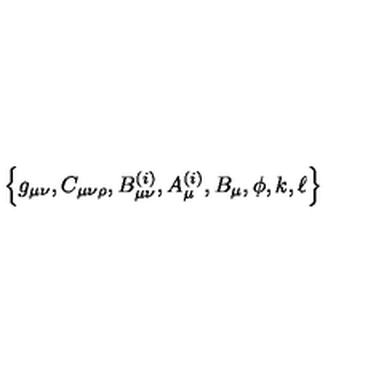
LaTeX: \left\{ g _ { \mu \nu } , C _ { \mu \nu \rho } , B _ { \mu \nu } ^ { ( i ) } , A _ { \mu } ^ { ( i ) } , B _ { \mu } , \phi , k , \ell \right\}